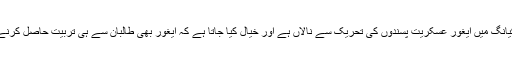
اسی طرح چین بھی سنکیانگ میں ایغور عسکریت پسندوں کی تحریک سے نالاں ہے اور خیال کیا جاتا ہے کہ ایغور بھی طالبان سے ہی تربیت حاصل کرنے کی کوشش کرتے ہیں۔